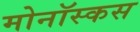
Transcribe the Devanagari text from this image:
मोनॉस्कस